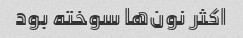
اکثر نون‌ها سوخته بود